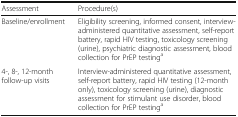
| Assessment | Procedure(s) |
 | --- | --- |
 | Baseline/enrollment | Eligibility screening, informed consent, interview-administered quantitative assessment, self-report battery, rapid HIV testing, toxicology screening (urine), psychiatric diagnostic assessment, blood collection for PrEP testinga |
 | 4-, 8-, 12-month follow-up visits | Interview-administered quantitative assessment, self-report battery, rapid HIV testing (12-month only), toxicology screening (urine), diagnostic assessment for stimulant use disorder, blood collection for PrEP testinga |